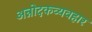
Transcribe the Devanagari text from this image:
अन्नोदकव्यवहार